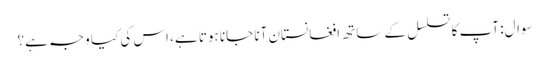
سوال: آپ کا تسلسل کے ساتھ افغانستان آنا جانا ہوتا ہے، اس کی کیا وجہ ہے؟